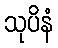
သုပိနံ